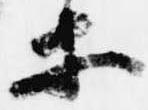
等